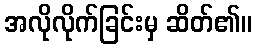
အလိုလိုက်ခြင်းမှ ဆိတ်၏။